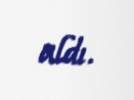
aldı.